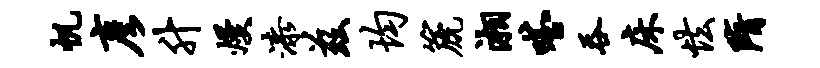
帆彦升熳漆兹均篪湘嗒吞床怯隋